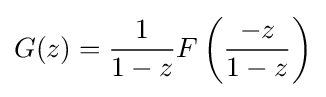
G(z)={\frac {1}{1-z}}F\left({\frac {-z}{1-z}}\right)